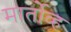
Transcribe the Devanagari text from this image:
मार्तोव्ह